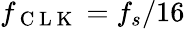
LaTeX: f_{\mathrm{~C~L~K~}}=f_{s}/16